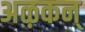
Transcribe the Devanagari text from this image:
अऴकन्